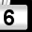
Digit: 6